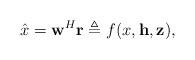
LaTeX: \begin{align*}\hat{x}=\mathbf{w}^{H}\mathbf{r}\triangleq f(x,\mathbf{h},\mathbf{z}),\end{align*}